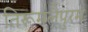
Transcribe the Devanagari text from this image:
तिरूमलैपुरम